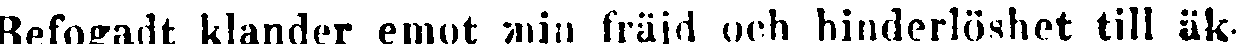
Befogadt klander emot min fräjd och hinderlöshet till äk